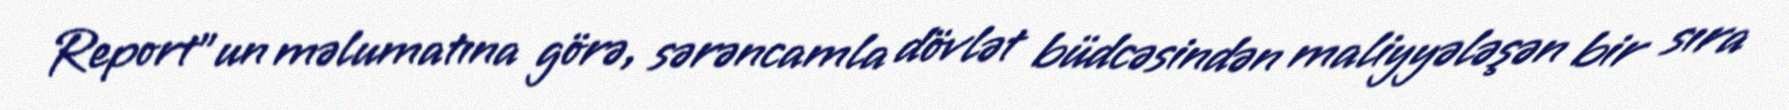
Report"un məlumatına görə, sərəncamla dövlət büdcəsindən maliyyələşən bir sıra